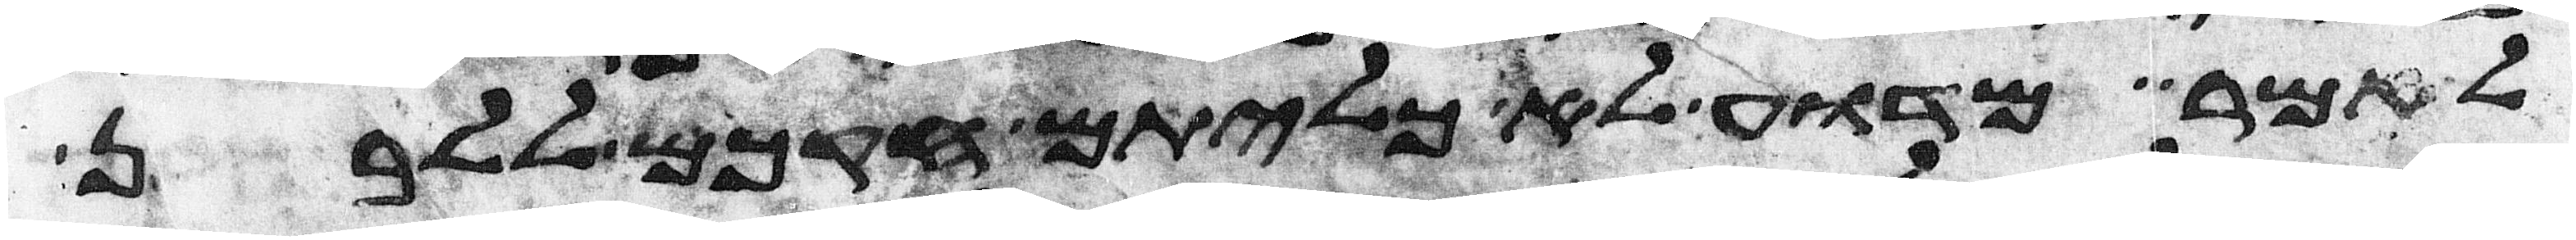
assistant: לאמר מדוע לא כליתם חקכם ללבן